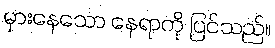
မှားနေသော နေရာကို ပြင်သည်။